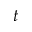
t